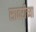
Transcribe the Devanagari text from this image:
सावरीच्या